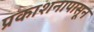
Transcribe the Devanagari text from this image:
प्रकाशनापासून